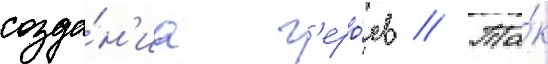
созда́н'иа г'еро́ев // Та́к